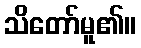
သိတော်မူ၏။